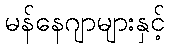
မန်နေဂျာများနှင့်